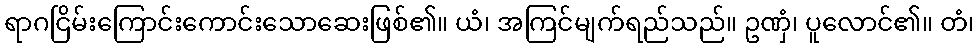
ရာဂငြိမ်းကြောင်းကောင်းသောဆေးဖြစ်၏။ ယံ၊ အကြင်မျက်ရည်သည်။ ဥဏှံ၊ ပူလောင်၏။ တံ၊